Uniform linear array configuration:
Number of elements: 64
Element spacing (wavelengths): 0.5
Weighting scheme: blackman
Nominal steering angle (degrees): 15
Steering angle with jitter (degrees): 14.104
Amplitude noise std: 0.05
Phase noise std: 0.05

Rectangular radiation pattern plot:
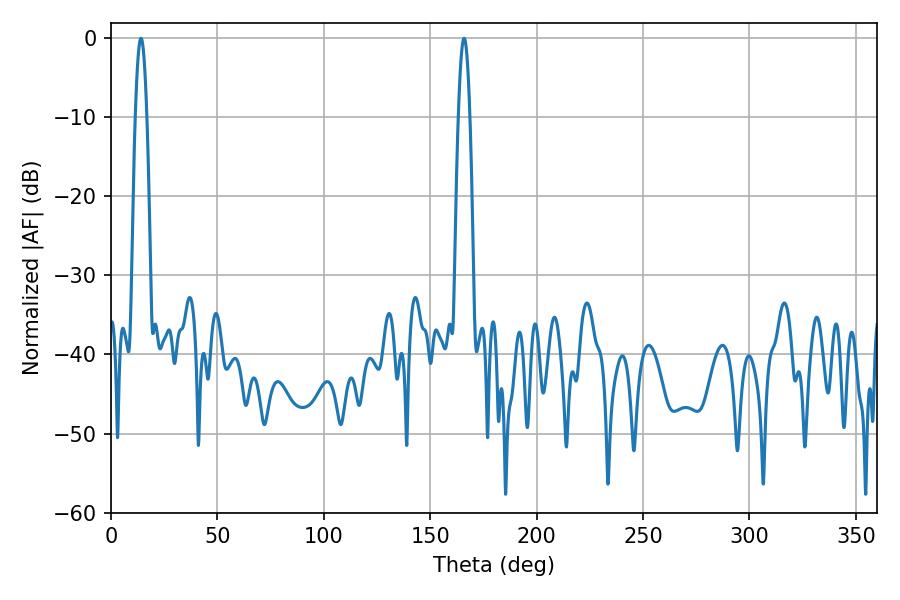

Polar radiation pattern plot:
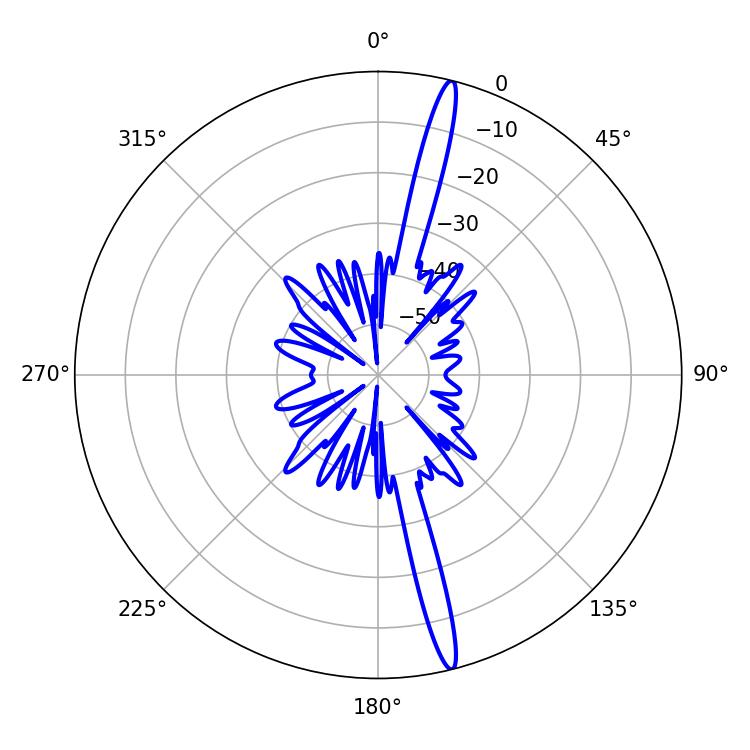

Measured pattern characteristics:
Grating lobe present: FALSE
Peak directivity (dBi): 18.593
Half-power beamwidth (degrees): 2.88
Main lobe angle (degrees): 165.96